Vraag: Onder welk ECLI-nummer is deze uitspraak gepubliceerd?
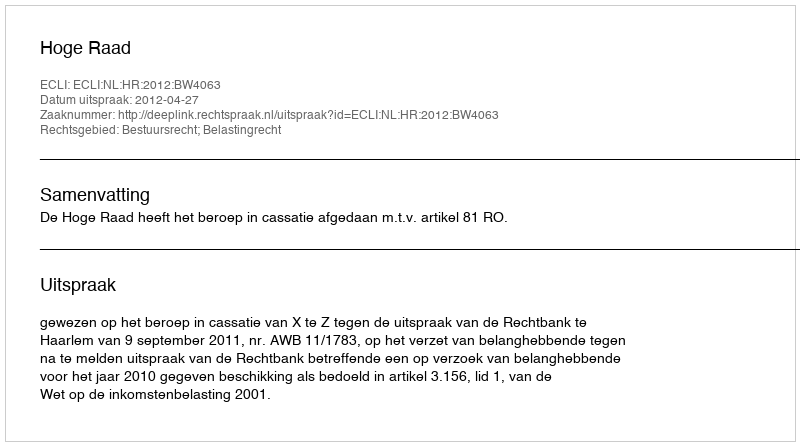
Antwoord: ECLI:NL:HR:2012:BW4063